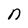
Character: n